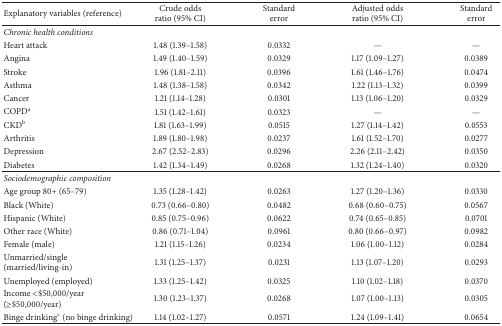
<table><thead><tr><td><b>Explanatory variables (reference)</b></td><td><b>Crude odds ratio (95% CI)</b></td><td><b>Standard error</b></td><td><b>Adjusted odds ratio (95% CI)</b></td><td><b>Standard error</b></td></tr></thead><tbody><tr><td><i>Chronic health conditions</i></td><td> </td><td> </td><td> </td><td> </td></tr><tr><td>Heart attack</td><td>1.48 (1.39–1.58)</td><td>0.0332</td><td>—</td><td>—</td></tr><tr><td>Angina</td><td>1.49 (1.40–1.59)</td><td>0.0329</td><td>1.17 (1.09–1.27)</td><td>0.0389</td></tr><tr><td>Stroke</td><td>1.96 (1.81–2.11)</td><td>0.0396</td><td>1.61 (1.46–1.76)</td><td>0.0474</td></tr><tr><td>Asthma</td><td>1.48 (1.38–1.58)</td><td>0.0342</td><td>1.22 (1.13–1.32)</td><td>0.0399</td></tr><tr><td>Cancer</td><td>1.21 (1.14–1.28)</td><td>0.0301</td><td>1.13 (1.06–1.20)</td><td>0.0329</td></tr><tr><td>COPD<sup>a</sup></td><td>1.51 (1.42–1.61)</td><td>0.0323</td><td>—</td><td>—</td></tr><tr><td>CKD<sup>b</sup></td><td>1.81 (1.63–1.99)</td><td>0.0515</td><td>1.27 (1.14–1.42)</td><td>0.0553</td></tr><tr><td>Arthritis</td><td>1.89 (1.80–1.98)</td><td>0.0237</td><td>1.61 (1.52–1.70)</td><td>0.0277</td></tr><tr><td>Depression</td><td>2.67 (2.52–2.83)</td><td>0.0296</td><td>2.26 (2.11–2.42)</td><td>0.0350</td></tr><tr><td>Diabetes</td><td>1.42 (1.34–1.49)</td><td>0.0268</td><td>1.32 (1.24–1.40)</td><td>0.0320</td></tr><tr><td><i>Sociodemographic composition</i></td><td> </td><td> </td><td> </td><td> </td></tr><tr><td>Age group 80+ (65–79)</td><td>1.35 (1.28–1.42)</td><td>0.0263</td><td>1.27 (1.20–1.36)</td><td>0.0330</td></tr><tr><td>Black (White)</td><td>0.73 (0.66–0.80)</td><td>0.0482</td><td>0.68 (0.60–0.75)</td><td>0.0567</td></tr><tr><td>Hispanic (White)</td><td>0.85 (0.75–0.96)</td><td>0.0622</td><td>0.74 (0.65–0.85)</td><td>0.0701</td></tr><tr><td>Other race (White)</td><td>0.86 (0.71–1.04)</td><td>0.0961</td><td>0.80 (0.66–0.97)</td><td>0.0982</td></tr><tr><td>Female (male)</td><td>1.21 (1.15–1.26)</td><td>0.0234</td><td>1.06 (1.00–1.12)</td><td>0.0284</td></tr><tr><td>Unmarried/single (married/living-in)</td><td>1.31 (1.25–1.37)</td><td>0.0231</td><td>1.13 (1.07–1.20)</td><td>0.0293</td></tr><tr><td>Unemployed (employed)</td><td>1.33 (1.25–1.42)</td><td>0.0325</td><td>1.10 (1.02–1.18)</td><td>0.0370</td></tr><tr><td>Income &lt;$50,000/year (≥$50,000/year)</td><td>1.30 (1.23–1.37)</td><td>0.0268</td><td>1.07 (1.00–1.13)</td><td>0.0305</td></tr><tr><td>Binge drinking<sup>c</sup> (no binge drinking)</td><td>1.14 (1.02–1.27)</td><td>0.0571</td><td>1.24 (1.09–1.41)</td><td>0.0654</td></tr></tbody></table>